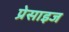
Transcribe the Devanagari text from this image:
प्रेसाइज